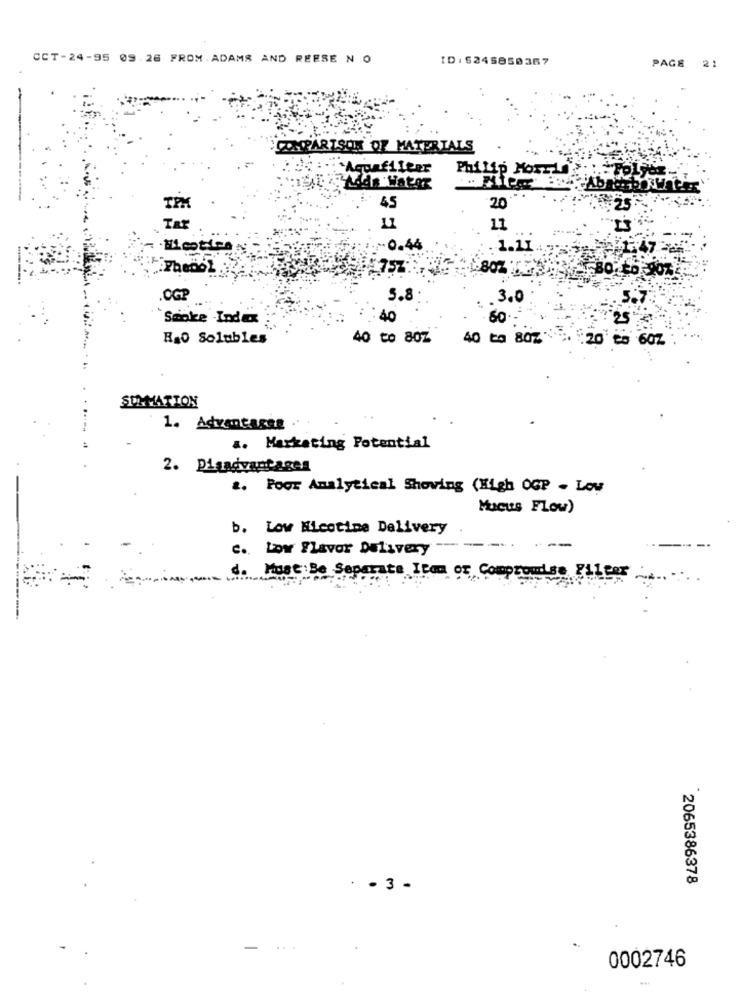
CCT-24-95 0926 FROM. ADAMS AND REESE N O
ID: 5245850367
PAGE 21
-
COMPARISON OF MATERIALS
Aguafilter
Philip Morris
20 "
TPK
45
.25
TRY
11
·Nicotina
.70.44
1.11
£752.
.80% .
.OGP
5.8
3.0
Smoke -Index
40
25
R&O Solubles
40 to 807
40 to 80% ***. 20 25 60Z
SDLMATION
1. Adventasse
a. Marketing Potential
2. Disadvantages
.. Poor Analytical Shoving (High OGP - Low
Mucus Flow)
b. Low Micotime Delivery
c. Low Flavor Delivery
-----
---
d. Most:Se Separate Itam or Compromise Filter
2065386378
. 3 .
0002746